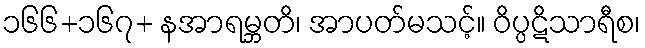
၁၆၆+၁၆၇+ နအာရမ္ဘတိ၊ အာပတ်မသင့်။ ဝိပ္ပဋိသာရီစ၊